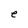
Character: e